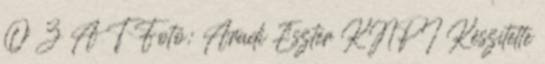
O Z A T Fotó: Aradi Eszter KNPI Készítette